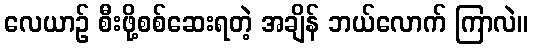
လေယာဉ် စီးဖို့စစ်ဆေးရတဲ့ အချိန် ဘယ်လောက် ကြာလဲ။